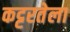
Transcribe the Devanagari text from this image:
कट्टरतेला